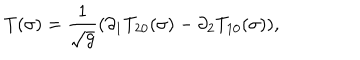
LaTeX: T ( \sigma ) = \frac { 1 } { \sqrt { g } } ( \partial _ { 1 } T _ { 2 0 } ( \sigma ) - \partial _ { 2 } T _ { 1 0 } ( \sigma ) ) ,